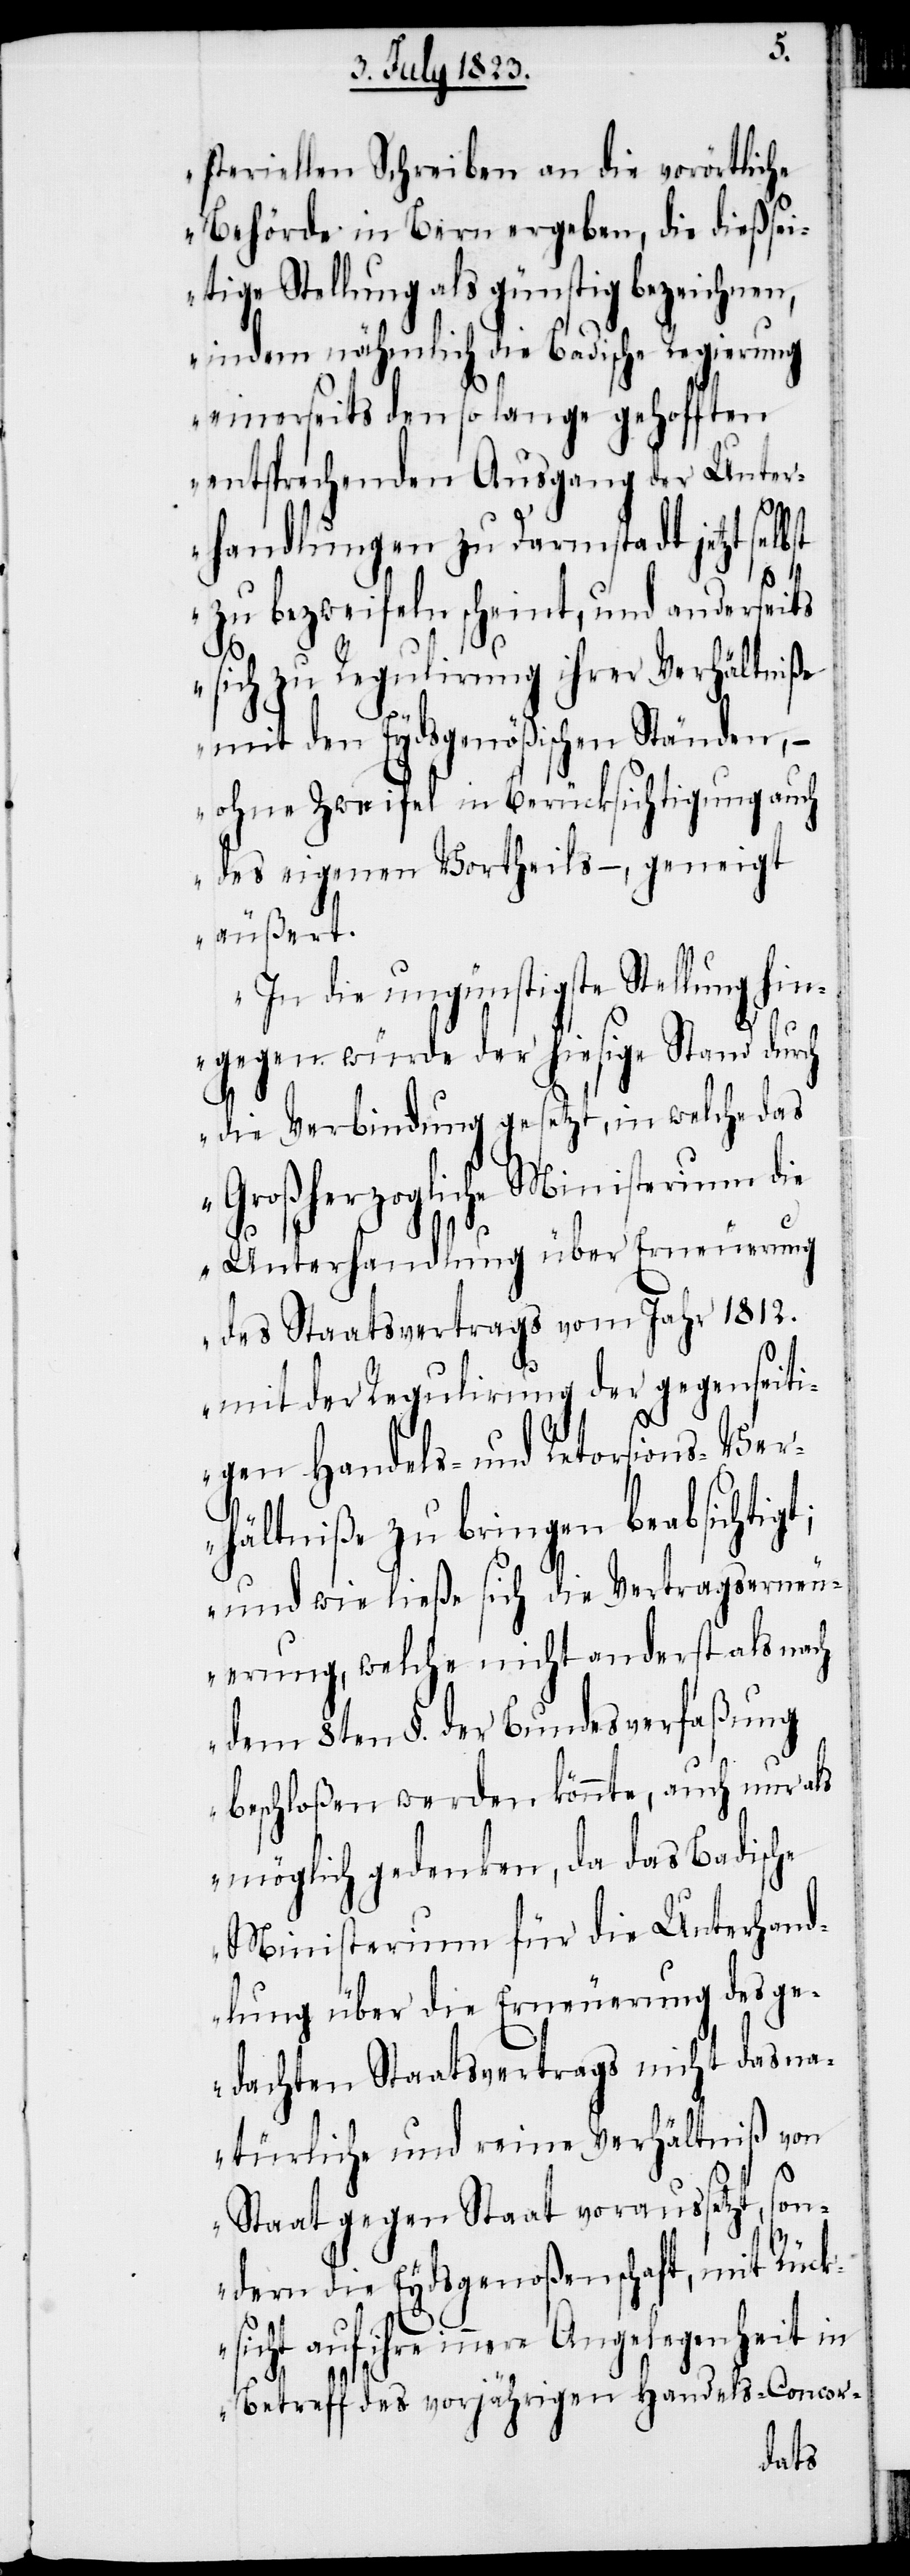
steriellen Schreiben an die vorörtliche
Behörde in Bern ergeben, die dießse¬
itige Stellung als günstig bezeichnen,
indem nähmlich die Badische Regierung
einerseits den so lange gehofften
entsprechenden Ausgang der Unter¬
handlungen zu Darmstadt jetzt selb¬
st
zu bezweifeln scheint, und anderseits
sich zu Regulirung ihrer Verhältniße
mit den Eydsgenößischen Ständen, −
ohne Zweifel in Berücksichtigung auch
des eigenen Vortheils −, geneigt
äußert.
In die ungünstigste Stellung hin¬
gegen würde der hiesige Stand durch
die Verbindung gesetzt, in welche das
Großherzogliche Ministerium die
Unterhandlung über Erneuerung
des Staatsvertrags vom Jahr 1812.
mit der Regulirung der gegenseiti¬
gen Handels- und Retorsions-Ve¬
rhältniße zu bringen beabsichtigt;
und wie ließe sich die Vertragserneu¬
erung, welche nicht anderst als nach
dem 8ten §. der Bundesverfaßung
beschloßen werden könnte, auch nur als
möglich gedenken, da das Badische
Ministerium für die Unterhand¬
lung über die Erneuerung des ge¬
dachten Staatsvertrags nicht das na¬
türliche und reine Verhältniß von
Staat gegen Staat voraussetzt, son¬
dern die Eydsgenoßenschaft, mit Rück¬
sicht auf ihre innere Angelegenheit
Betreff des vorjährigen Handels-Concor-